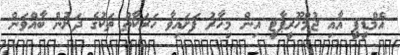
އެމްޑީޕީ އާއި ޖުމްހޫރީޕާޓީ އިން މިހާރު ފަށައިވާ ހަރަކާތް ތަކުގެ ދަށުން ބާއްވަން